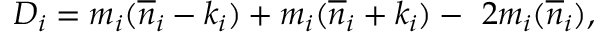
D _ { i } = m _ { i } ( { \overline { { n } } } _ { i } - k _ { i } ) + m _ { i } ( { \overline { { n } } } _ { i } + k _ { i } ) - \ 2 m _ { i } ( { \overline { { n } } } _ { i } ) ,